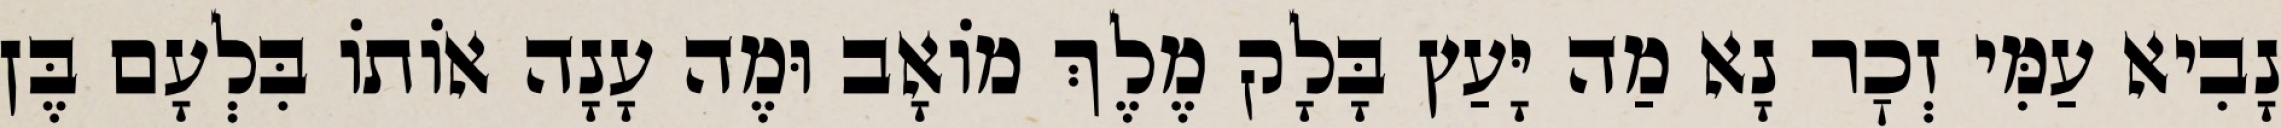
נָבִיא עַמִּי זְכׇר נָא מַה יָּעַץ בָּלָק מֶלֶךְ מוֹאָב וּמֶה עָנָה אוֹתוֹ בִּלְעָם בֶּן